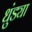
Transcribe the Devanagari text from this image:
धुंड्या